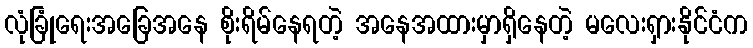
လုံခြုံရေးအခြေအနေ စိုးရိမ်နေရတဲ့ အနေအထားမှာရှိနေတဲ့ မလေးရှားနိုင်ငံက